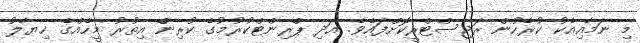
މި ނަމާއިއެކު ކުރެހުން ރަޖިސްޓްރީކޮށްފައެވެ. އަދިި ޕްރިންޓްކުުރުމުގެ ކުރިންް އިތުރު މީހެއްގެ ޚިޔާލު